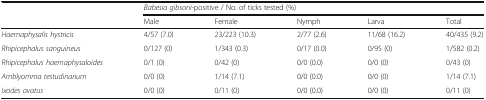
|  | <COLSPAN=5> Babesia gibsoni-positive / No. of ticks tested (%) |
 |  | Male | Female | Nymph | Larva | Total |
 | --- | --- | --- | --- | --- | --- |
 | Haemaphysalis hystricis | 4/57 (7.0) | 23/223 (10.3) | 2/77 (2.6) | 11/68 (16.2) | 40/435 (9.2) |
 | Rhipicephalus sanguineus | 0/127 (0) | 1/343 (0.3) | 0/17 (0.0) | 0/95 (0) | 1/582 (0.2) |
 | Rhipicephalus haemaphysaloides | 0/1 (0) | 0/42 (0) | 0/0 (0.0) | 0/0 (0) | 0/43 (0) |
 | Amblyomma testudinarium | 0/0 (0) | 1/14 (7.1) | 0/0 (0.0) | 0/0 (0) | 1/14 (7.1) |
 | Ixodes ovatus | 0/0 (0) | 0/11 (0) | 0/0 (0.0) | 0/0 (0) | 0/11 (0) |